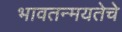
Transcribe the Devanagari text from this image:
भावतन्मयतेचे